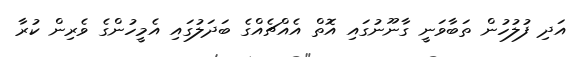
އަދި ފުލުހުން ތަބާވަނީ ގާނޫނުގައި އޮތް އެއްޗެއްގެ ބަދަލުގައި އެމީހުންގެ ވެރިން ކުރާ